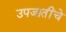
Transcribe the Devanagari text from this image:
उपजातींचे